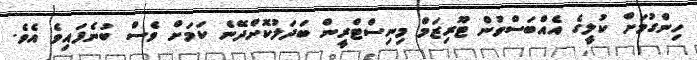
ހިންގުމަށް ކުލީގެ އެއްބަސްވުން ޓޫރިޒަމް މިނިސްޓްރީން ބަދަލުކޮށްދޭނެ ކަމަށް ވެސް ބުނެފައިވެ އެވެ.